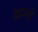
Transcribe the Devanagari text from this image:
काम्मी